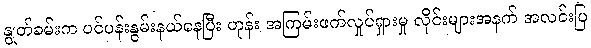
နွုတ်ခမ်းက ပင်ပန်းနွမ်းနယ်နေပြီး ဟုန်း အကြမ်းဖက်လှုပ်ရှားမှု လိုင်းများအနက် အလင်းပြ